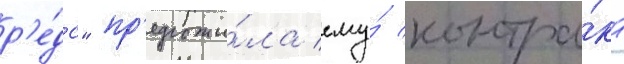
р'е́дс" пр'едложи́ла ему́ контра́кт